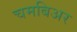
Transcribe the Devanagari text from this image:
चमबिअर